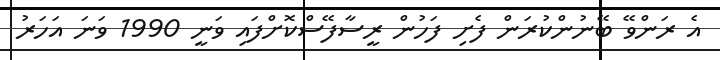
އެ ރަންވޭ ބޭނުންކުރަން ފެށި ފަހުން ރީސާފޭސްކޮށްފައި ވަނީ 1990 ވަނަ އަހަރު